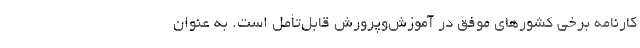
کارنامه برخی کشورهای موفق در آموزش‌و‌پرورش قابل‌تأمل است. به عنوان